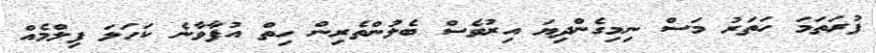
ފުރަތަމަ ހަތަރު މަސް ނިމިގެންދިޔަ އިރުވެސް ބެލުންތެރިން ހިތް އުފާވާނެ ކަހަލަ ފިލްމެއް